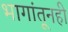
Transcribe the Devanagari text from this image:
भागांतूनही